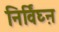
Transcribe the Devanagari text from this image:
निर्विघ्ऩ